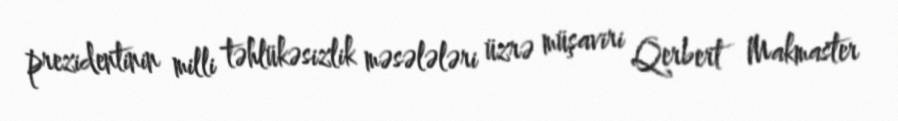
prezidentinin milli təhlükəsizlik məsələləri üzrə müşaviri Qerbert Makmaster